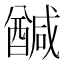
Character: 𮡂